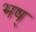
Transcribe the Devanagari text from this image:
भष्